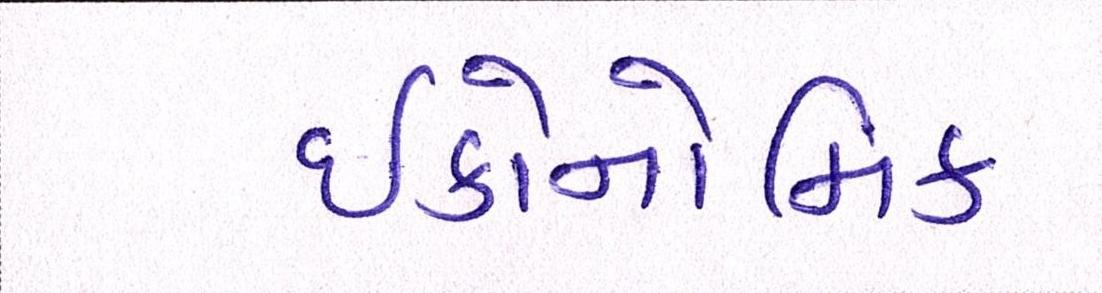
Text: ઈકોનોમિક